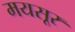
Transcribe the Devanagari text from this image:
मयसूर